Report on sanitation, dispensaries, and jails in Rajputana for 1917, and on vaccination for the year 1917-1918 - 1917-1918
Year: 1917
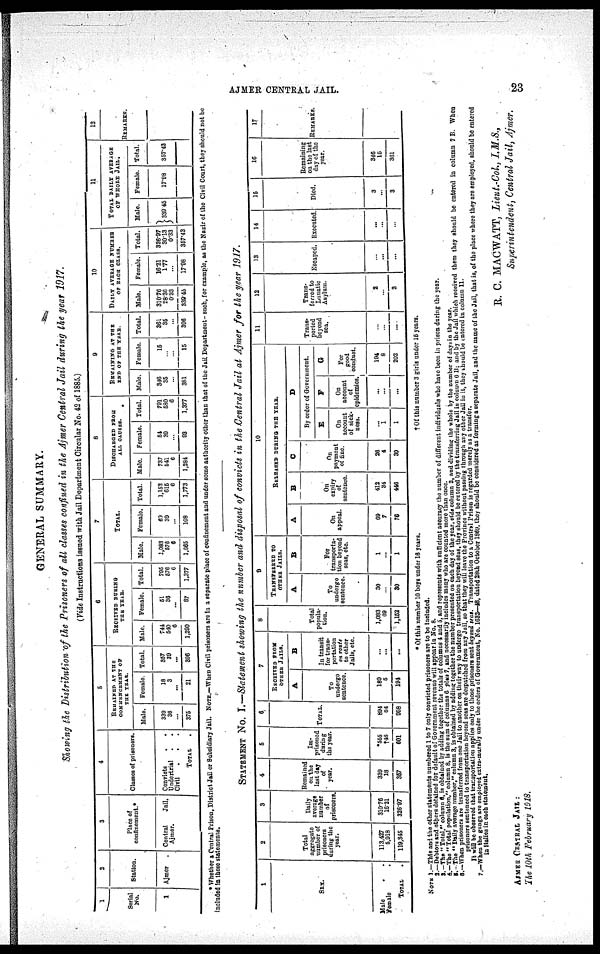
AJMER CENTRAL JAIL.
23
GENERAL SUMMARY.
Showing the Distribution of the Prisoners of all classes confined in the Ajmer Central Jail during the year 1917.
( Vide Instructions issued with Jail Department Circular No. 42 of 1885.)
1
Serial
No.
1
2
Station.
Ajmer
3
Place of
confinement.*
Central
Jail,
Ajmer.
4
Classes of prisoners.
Convicts . .
Undertrial
. .
Civil
. . .
TOTAL .
5
REMAINED AT THE
COMMENCEMENT OF
THE YEAR.
Male.
330
36
...
375
Female.
18
3
...
31
Total.
357
39
...
396
6
RECEIVED DURING
THE YEAR.
Male.
744
540
6
1,290
Female
51
36
...
87
Total.
795
576
6
1,377
7
TOTAL.
Male.
1,083
576
6
1,665
Female.
60
39
...
108
Total.
1,152
615
6
1,773
8
DISCHARGED FROM
ALL CAUSES.
Male.
737
541
6
1,284
Female
54
39
...
93
Total.
791
580
6
1,377
9
REMAIMING AT THE
END OF THE YEAR.
Male.
346
35
...
381
Female.
15
...
...
15
Total.
361
35
...
306
10
DAILY AVERAGE NUMBER
OF EACH CLASS.
Male.
310.76
28.36
0.33
339.46
Female.
16.21
1.77
...
17.98
Total.
326.97
30.13
0.33
357.43
11
TOTAL DAILY AVERAGE
OF WHOLE JAIL.
Male.
339.45
Female.
17.98
Total.
357.43
12
REMARKS.
* Whether a Central Prison, District Jail or Subsidiary Jail. NOTE.—When Civil prisoners are in a separate place of confinement and under some authority other than that of the Jail Department- such, for example, as the Nazir of the Civil Court, they should not be
included in these statements.
STATEMENT No. I.—Statement showing the number and disposal of convicts in the Central Jail at Ajmer for the year 1917.
1
SEX.
Male
Female
TOTAL
.
2
Total
aggregate
number of
prisoners
during the
year.
113,427
5,918
119,345
3
Daily
average
number
of
prisoners.
310.76
16.21
326.97
4
Remained
on the
last day
of
year.
339
18
357
5
Im-
prisoned
during
the year.
*555
†46
601
6
TOTAL.
894
64
958
7
RECEIVED FROM
OTHER JAILS.
A
To
undergo
sentence.
189
5
194
B
In transit
for trans¬
portation
en route
to other
Jails, etc.
...
...
...
8
Total
popula-
tion.
1,083
69
1,152
9
TRANSFERRED TO
OTHER JAILS.
A
To
undergo
sentence.
30
...
30
B
For
transporta-
tion beyond
seas, etc.
1
...
1
10
RELEASED DURING THE YEAR.
A
On
appeal.
69
7
76
B
On
expiry
of
sentence.
412
34
446
C
On
payment
of fine.
26
4
30
D
By order of Government.
E
On
account
of sick¬
ness.
...
1
1
F
On
account
of
opidemics.
...
...
...
G
For
good
conduct.
194
8
202
11
Trans¬
ported
beyond
sea.
...
...
...
12
Trans¬
ferred to
Lunatic
Asylum.
2
...
2
13
Escaped.
...
...
...
14
Executed.
...
...
...
15
Died.
3
...
3
16
Remaining
on the last
day of the
year.
346
15
361
17
REMARKS.
* Of this number 10 boys under 16 years.
†Of this number 3 girls under 15 years.
NOTE 1.—This and the other statements numbered 1 to 7 only convicted prisoners are to be included.
2.—Debtors and others detained for default of Government revenue will appear in No. 8.
3.—The " Total," column 6, is obtained by adding together the totals of columns 4 and 6, and represents with sufficient accuracy the number of different individuals who have been in prison during the year.
4.—The " Total population," column 8, is the sum of columns 6 plus 7, and necessarily includes many who are counted more than once.
5. — The "Daily average number," column 3, is obtained by adding together the number presented on each day of the year. vide column 2, and dividing; the whole by the number of days in the year.
6.—When prisoners are transferred from one Jail to another on their way to undergo transportation beyond seas, they should be entered by the transferring Jail in column 6 B: and by the Jail which received them they should be entered in column 7 B. When
prisoners sentenced to transportation beyond seas are despatched from any Jail, so that they will leave the Province without pasting through any other Jail in it, they should be entered in column 11.
It will be observed that trarsportation applies only to those prisoners sent beyond seas. Transportation to a Central Prison is regarded merely as a transfer.
7.—When the gangs are employed extra-murally under the orders of Government, No. 1632—48, dated 28th October 1869, they should be considered as forming a separate Jail, and the name of the Jail, that is, of the place where they are employed, should be entered
in Italics in each statement.
R. C. MACWATT, Lieut.-Col, I. M.S.,
Superintendent, Central Jail, Ajmer.
AJMER CENTRAL JAIL:
The 10th February 1918.